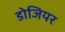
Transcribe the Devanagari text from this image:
डोजियर